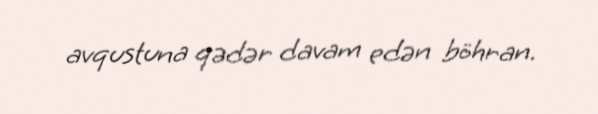
avqustuna qədər davam edən böhran.